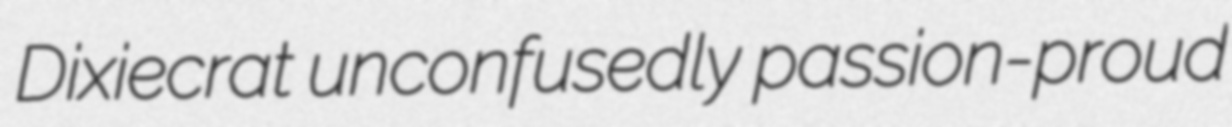
Dixiecrat unconfusedly passion-proud